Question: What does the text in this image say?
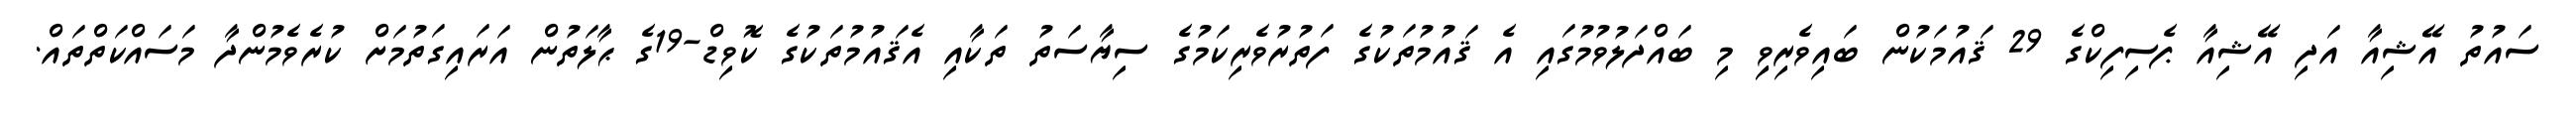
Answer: ސައުތު އޭޝިއާ އަދި އޭޝިއާ ޕެސިފިކްގެ 29 ޤައުމަކުން ބައިވެރިވިި މި ބައްދަލުވުމުގައި އެ ޤައުމުތަކުގެ ފަތުރުވެރިކަމުގެ ސިޔާސަތު ތަކާއި އެޤައުމުތަކުގެ ކޮވިޑް-19ގެ ޙާލަތުން އަރައިގަތުމަށް ކުރެވެމުންދާ މަސައްކަތްތައް.